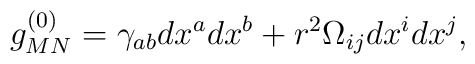
g^{(0)}_{MN} = \gamma_{ab}dx^adx^b+r^2\Omega_{ij}dx^idx^j,